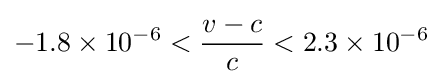
-1.8\times 10^{-6}<{\frac {v-c}{c}}<2.3\times 10^{-6}